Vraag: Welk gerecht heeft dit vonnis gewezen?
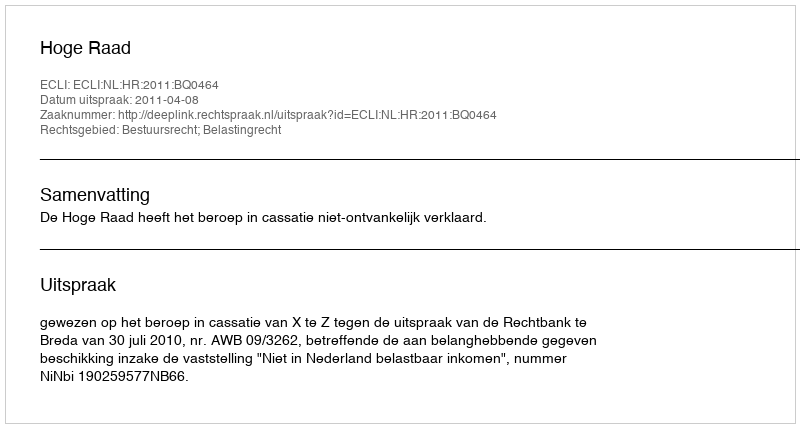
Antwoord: Hoge Raad